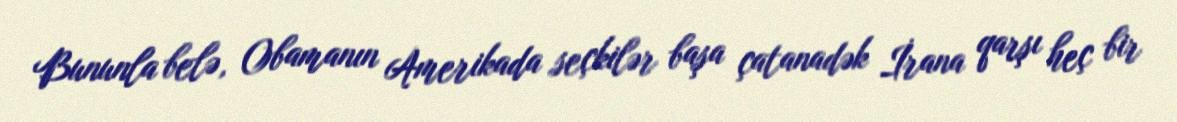
Bununla belə, Obamanın Amerikada seçkilər başa çatanadək İrana qarşı heç bir